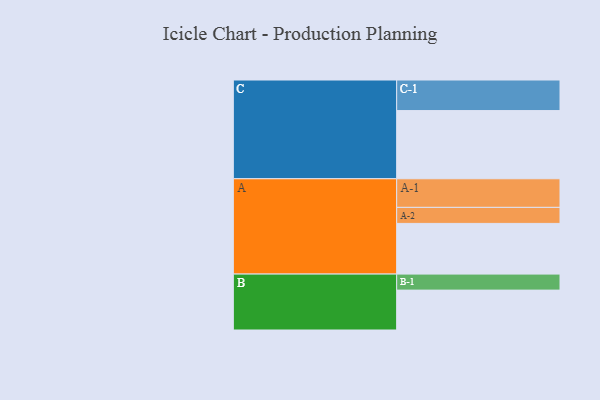
{"axis": {"x": "Segment", "y": "Value"}, "legend": ["", "A", "B", "C"], "data": [{"x": "A", "y": 446, "type": ""}, {"x": "B", "y": 351, "type": ""}, {"x": "C", "y": 600, "type": ""}, {"x": "A-1", "y": 252, "type": "A"}, {"x": "A-2", "y": 141, "type": "A"}, {"x": "B-1", "y": 141, "type": "B"}, {"x": "C-1", "y": 269, "type": "C"}]}